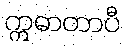
ဣဓာတာပီ